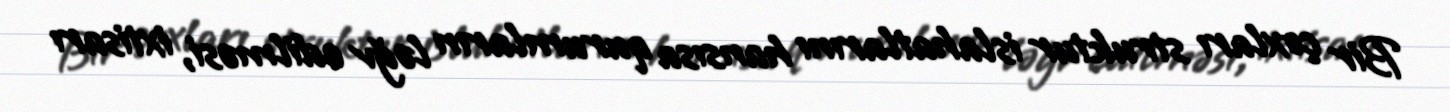
Bir çoxları struktur islahatlarını hansısa qurumların ləğv edilməsi, ixtisarı